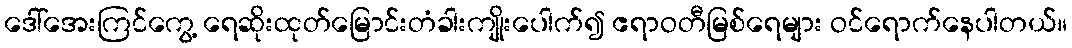
ဒေါ်အေးကြင်ကွေ့ ရေဆိုးထုတ်မြောင်းတံခါးကျိုးပေါက်၍ ဧရာဝတီမြစ်ရေများ ဝင်ရောက်နေပါတယ်။